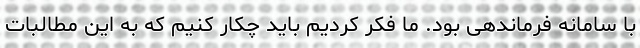
با سامانه فرماندهی بود. ما فکر کردیم باید چکار کنیم که به این مطالبات